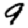
Digit: 9